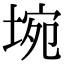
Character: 埦